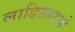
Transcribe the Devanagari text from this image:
लाडिस्लाओ